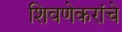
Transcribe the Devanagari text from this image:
शिवणेकरांचे